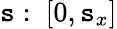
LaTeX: \mathtt{s}:~[0,\mathtt{s}_{x}]